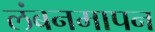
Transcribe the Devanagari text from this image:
लंबनमापन